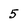
Character: 5